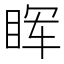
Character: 𬑕